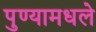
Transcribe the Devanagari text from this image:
पुण्यामधले